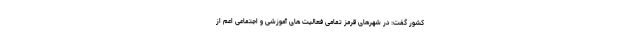
کشور گفت: در شهرهای قرمز تمامی فعالیت های آموزشی و اجتماعی اعم از